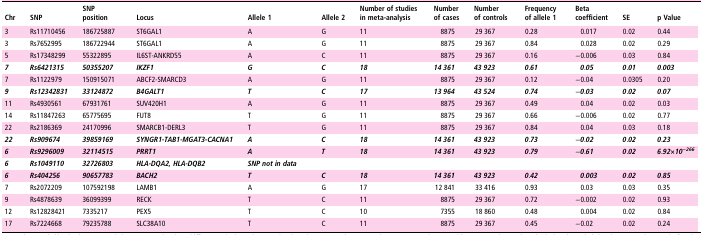
<table><thead><tr><td><b>Chr</b></td><td><b>SNP</b></td><td><b>SNP position</b></td><td><b>Locus</b></td><td><b>Allele 1</b></td><td><b>Allele 2</b></td><td><b>Number of studies in meta-analysis</b></td><td><b>Number of cases</b></td><td><b>Number of controls</b></td><td><b>Frequency of allele 1</b></td><td><b>Beta coefficient</b></td><td><b>SE</b></td><td><b>p Value</b></td></tr></thead><tbody><tr><td>3</td><td>Rs11710456</td><td>186725887</td><td>ST6GAL1</td><td>A</td><td>G</td><td>11</td><td>8875</td><td>29 367</td><td>0.28</td><td>0.017</td><td>0.02</td><td>0.44</td></tr><tr><td>3</td><td>Rs7652995</td><td>186722944</td><td>ST6GAL1</td><td>A</td><td>G</td><td>11</td><td>8875</td><td>29 367</td><td>0.84</td><td>0.028</td><td>0.02</td><td>0.29</td></tr><tr><td>5</td><td>Rs17348299</td><td>55322895</td><td>IL6ST-ANKRD55</td><td>A</td><td>C</td><td>11</td><td>8875</td><td>29 367</td><td>0.16</td><td>−0.006</td><td>0.03</td><td>0.84</td></tr><tr><td><b><i>7</i></b></td><td><b><i>Rs6421315</i></b></td><td><b><i>50355207</i></b></td><td><b><i>IKZF1</i></b></td><td><b><i>G</i></b></td><td><b><i>C</i></b></td><td><b><i>18</i></b></td><td><b><i>14 361</i></b></td><td><b><i>43 923</i></b></td><td><b><i>0</i></b>.<b><i>61</i></b></td><td><b><i>0</i></b>.<b><i>05</i></b></td><td><b><i>0</i></b>.<b><i>01</i></b></td><td><b><i>0</i></b>.<b><i>003</i></b></td></tr><tr><td>7</td><td>Rs1122979</td><td>150915071</td><td>ABCF2-SMARCD3</td><td>A</td><td>G</td><td>11</td><td>8875</td><td>29 367</td><td>0.12</td><td>−0.04</td><td>0.0305</td><td>0.20</td></tr><tr><td><b><i>9</i></b></td><td><b><i>Rs12342831</i></b></td><td><b><i>33124872</i></b></td><td><b><i>B4GALT1</i></b></td><td><b><i>T</i></b></td><td><b><i>C</i></b></td><td><b><i>17</i></b></td><td><b><i>13 964</i></b></td><td><b><i>43 524</i></b></td><td><b><i>0</i></b>.<b><i>74</i></b></td><td>−<b><i>0</i></b>.<b><i>03</i></b></td><td><b><i>0</i></b>.<b><i>02</i></b></td><td><b><i>0</i></b>.<b><i>07</i></b></td></tr><tr><td>11</td><td>Rs4930561</td><td>67931761</td><td>SUV420H1</td><td>A</td><td>G</td><td>11</td><td>8875</td><td>29 367</td><td>0.49</td><td>0.04</td><td>0.02</td><td>0.03</td></tr><tr><td>14</td><td>Rs11847263</td><td>65775695</td><td>FUT8</td><td>T</td><td>G</td><td>11</td><td>8875</td><td>29 367</td><td>0.66</td><td>−0.006</td><td>0.02</td><td>0.77</td></tr><tr><td>22</td><td>Rs2186369</td><td>24170996</td><td>SMARCB1-DERL3</td><td>T</td><td>G</td><td>11</td><td>8875</td><td>29 367</td><td>0.84</td><td>0.04</td><td>0.03</td><td>0.18</td></tr><tr><td><b><i>22</i></b></td><td><b><i>Rs909674</i></b></td><td><b><i>39859169</i></b></td><td><b><i>SYNGR1-TAB1-MGAT3-CACNA1</i></b></td><td><b><i>A</i></b></td><td><b><i>C</i></b></td><td><b><i>18</i></b></td><td><b><i>14 361</i></b></td><td><b><i>43 923</i></b></td><td><b><i>0</i></b>.<b><i>73</i></b></td><td>−<b><i>0</i></b>.<b><i>02</i></b></td><td><b><i>0</i></b>.<b><i>02</i></b></td><td><b><i>0</i></b>.<b><i>23</i></b></td></tr><tr><td><b><i>6</i></b></td><td><b><i>Rs9296009</i></b></td><td><b><i>32114515</i></b></td><td><b><i>PRRT1</i></b></td><td><b><i>A</i></b></td><td><b><i>T</i></b></td><td><b><i>18</i></b></td><td><b><i>14 361</i></b></td><td><b><i>43 923</i></b></td><td><b><i>0</i></b>.<b><i>79</i></b></td><td>−<b><i>0</i></b>.<b><i>61</i></b></td><td><b><i>0</i></b>.<b><i>02</i></b></td><td><b><i>6</i></b>.<b><i>92×10<sup>−266</sup></i></b></td></tr><tr><td><b><i>6</i></b></td><td><b><i>Rs1049110</i></b></td><td><b><i>32726803</i></b></td><td><b><i>HLA-DQA2, HLA-DQB2</i></b></td><td><b><i>SNP not in data</i></b></td><td></td><td></td><td></td><td></td><td></td><td></td><td></td><td></td></tr><tr><td><b><i>6</i></b></td><td><b><i>Rs404256</i></b></td><td><b><i>90657783</i></b></td><td><b><i>BACH2</i></b></td><td><b><i>T</i></b></td><td><b><i>C</i></b></td><td><b><i>18</i></b></td><td><b><i>14 361</i></b></td><td><b><i>43 923</i></b></td><td><b><i>0</i></b>.<b><i>42</i></b></td><td><b><i>0</i></b>.<b><i>003</i></b></td><td><b><i>0</i></b>.<b><i>02</i></b></td><td><b><i>0</i></b>.<b><i>85</i></b></td></tr><tr><td>7</td><td>Rs2072209</td><td>107592198</td><td>LAMB1</td><td>A</td><td>G</td><td>17</td><td>12 841</td><td>33 416</td><td>0.93</td><td>0.03</td><td>0.03</td><td>0.35</td></tr><tr><td>9</td><td>Rs4878639</td><td>36099399</td><td>RECK</td><td>T</td><td>C</td><td>11</td><td>8875</td><td>29 367</td><td>0.72</td><td>−0.002</td><td>0.02</td><td>0.93</td></tr><tr><td>12</td><td>Rs12828421</td><td>7335217</td><td>PEX5</td><td>T</td><td>C</td><td>10</td><td>7355</td><td>18 860</td><td>0.48</td><td>0.004</td><td>0.02</td><td>0.84</td></tr><tr><td>17</td><td>Rs7224668</td><td>79235788</td><td>SLC38A10</td><td>T</td><td>C</td><td>11</td><td>8875</td><td>29 367</td><td>0.45</td><td>−0.02</td><td>0.02</td><td>0.24</td></tr></tbody></table>